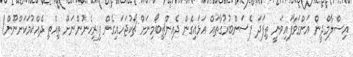
އިސްލާމްދީން އަންގަވާފަައިވަނީ ތިފަދަ ފެސަންބުރުގާތައް އަޅައިގެން ދެއިންޗިބޯމިނަށް ޗޯކުޖަހައިގެން ފިރިހެނުންނަށް ތިއްތި ދެއްކުމަކަށްނޫން!